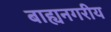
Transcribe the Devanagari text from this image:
बाह्यनगरीय